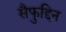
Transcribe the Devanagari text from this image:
सैफुद्दिन